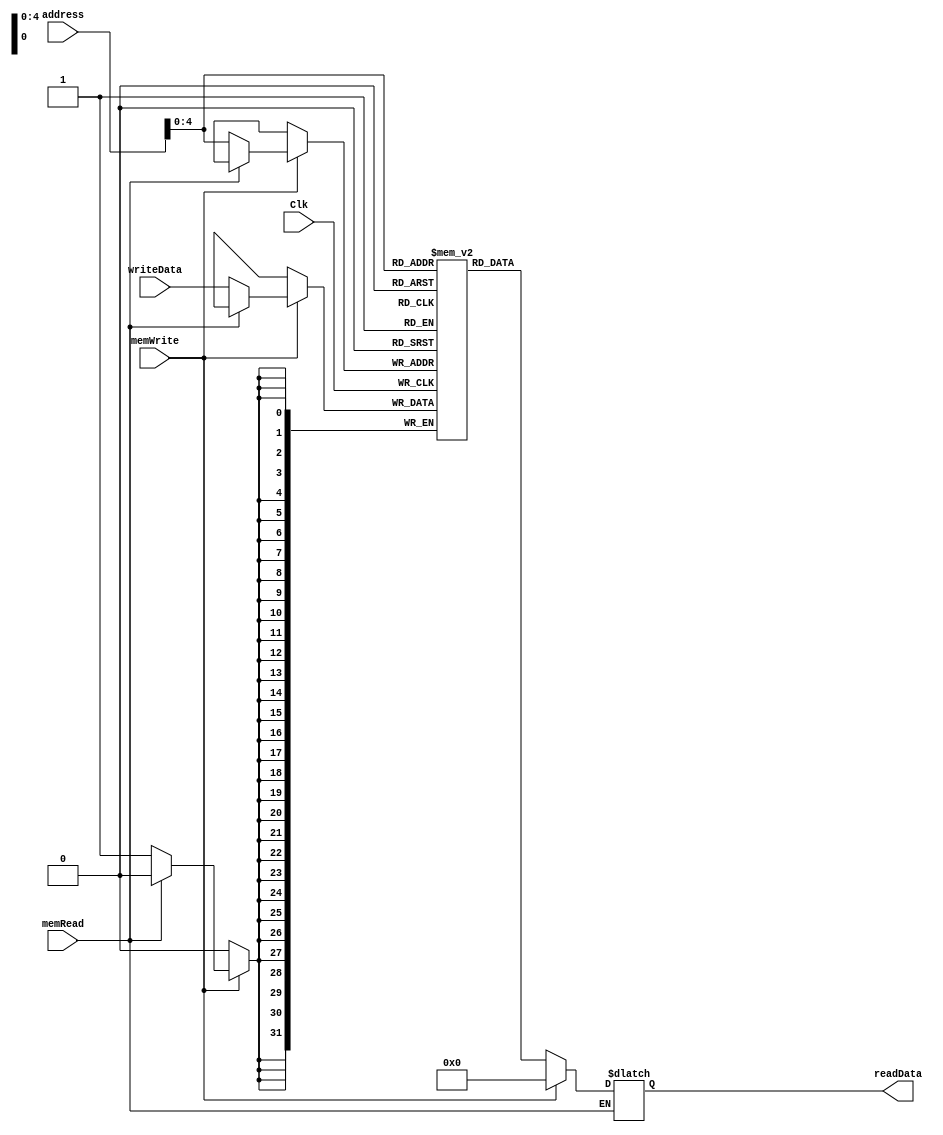
`timescale 1ns / 1ps

/*
  
  
  0
*/

module DataMemory(
    input Clk,
    input [31:0] address,
    input [31:0] writeData,
    input memWrite,
    input memRead,
    output reg [31:0] readData
    );
	reg [31:0] memFile[31:0];//test
	
	always @ (memRead or memWrite or address)
	begin
		if(memRead == 1)
		begin
			if(memWrite != 1) readData = memFile[address];
			else readData = 0;
		end
	end
	
	always @ (negedge Clk)
	begin
		if(memWrite == 1)
		begin
			if(memRead != 1) memFile[address] <= writeData;
		end
	end
	
endmodule